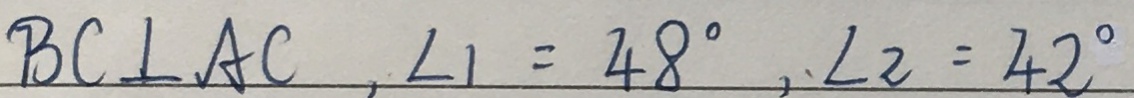
B C \bot A C , \angle 1 = 4 8 ^ { \circ } , \angle 2 = 4 2 ^ { \circ }